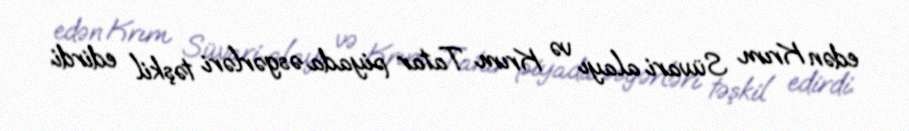
edən Krım Süvari alayı və Krım Tatar piyada əsgərləri təşkil edirdi.